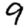
Digit: 9